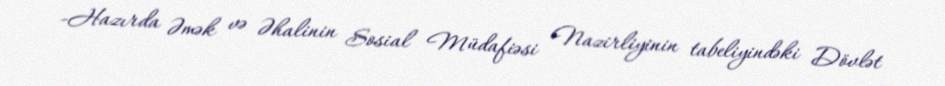
-Hazırda Əmək və Əhalinin Sosial Müdafiəsi Nazirliyinin tabeliyindəki Dövlət